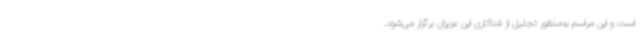
است و این مراسم به‌منظور تجلیل از فداکاری این عزیزان برگزار می‌شود.